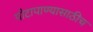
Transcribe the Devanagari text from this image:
पोटापाण्यासाठीच